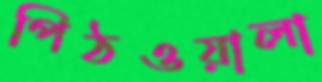
পিঠওয়ালা